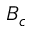
B _ { c }